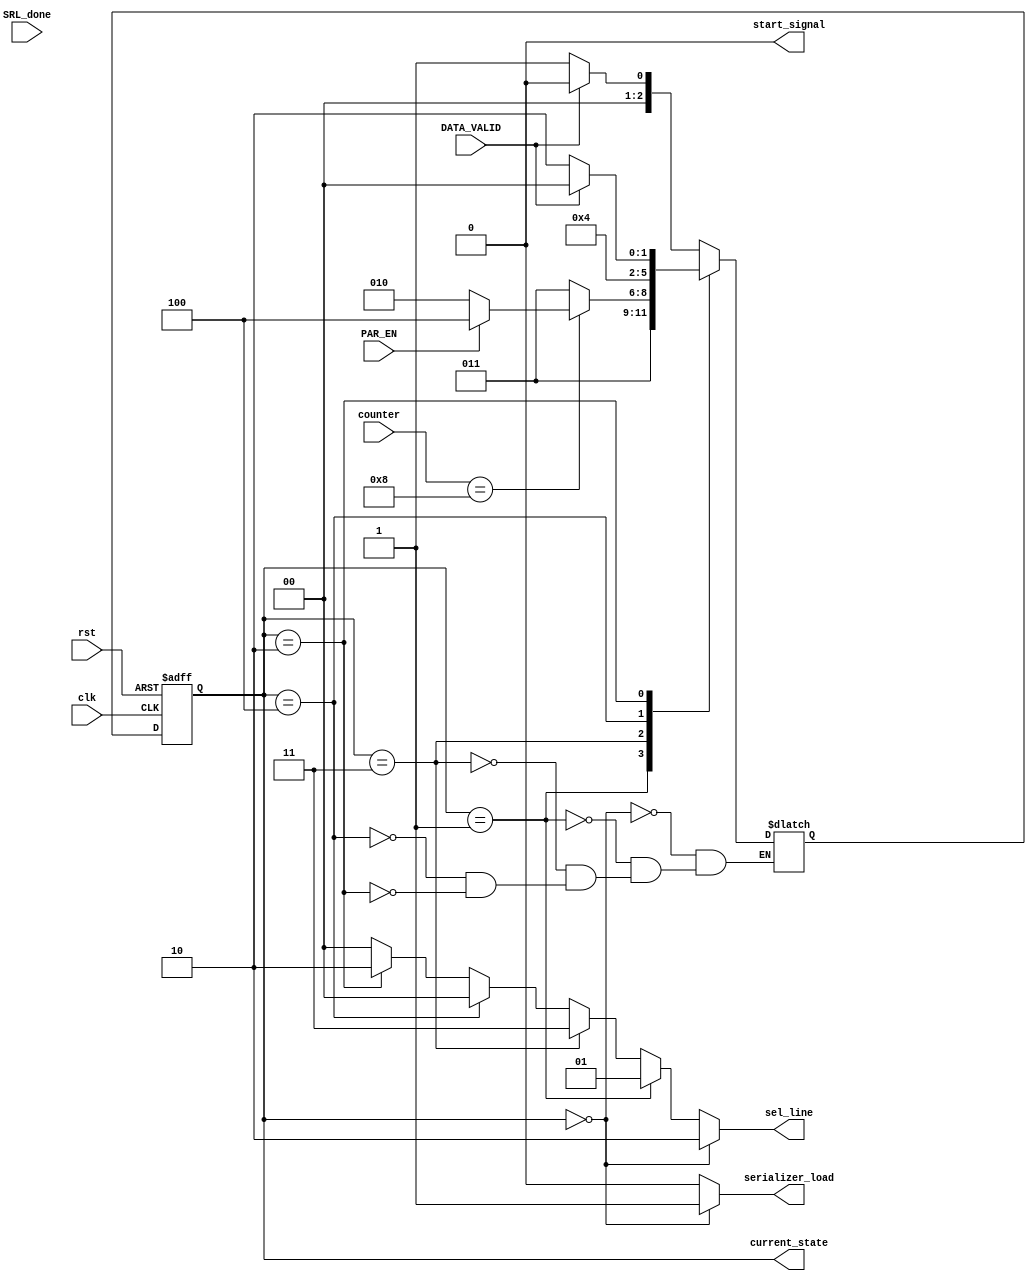

module uart_tx_FSM #(
    parameter 
    WIDTH=8,
    STOP=1,
    START =0,

    LIFT_SER_LOAD=0,
    SEL_START=1,
    SEL_STP=2,
    SEL_SRL=3,
    SEL_PAR=4
) (
   input DATA_VALID,
   input SRL_done,
   input PAR_EN,
   input [3:0] counter,
   
   input clk,
   input rst,

   output reg serializer_load,
   output reg [1:0] sel_line,
   output reg       start_signal,
   output reg [2:0] current_state
);



reg [2:0] next_state;


always @(posedge clk or negedge rst) 
begin
    if(!rst)
    begin
        current_state<=0;
    end

    else
    begin
        current_state<=next_state;
    end
end




always @(*) 
begin
    serializer_load=0;
    sel_line=0;
    start_signal=0;

    if(current_state == LIFT_SER_LOAD)
    begin
        serializer_load=1;
        sel_line=SEL_STP;
        start_signal=0;
    end

    else if(current_state == SEL_START)
    begin
        serializer_load=0;
        sel_line=SEL_START;
        start_signal=0;
    end

    else if(current_state == SEL_SRL)
    begin
        serializer_load=0;
        sel_line=SEL_SRL;
        start_signal=0;
    end

    else if(current_state == SEL_PAR)
    begin
        serializer_load=0;
        sel_line=SEL_PAR;
        start_signal=0;
    end

    else if(current_state == SEL_STP)
    begin
        serializer_load=0;
        sel_line=SEL_STP;
        start_signal=0;
    end
end





always @(*) 
begin
    case (current_state)
        LIFT_SER_LOAD:
        begin
            if(!DATA_VALID)
            next_state=SEL_START;
            else
            next_state=LIFT_SER_LOAD;
        end 

        SEL_START:
        begin
            next_state=SEL_SRL;
        end
        
        SEL_SRL:
        begin
            if(counter == WIDTH)
            begin
                if(!PAR_EN)
                next_state=SEL_STP;
                else
                next_state=SEL_PAR;
            end
            else
            next_state=SEL_SRL;
        end
        
        SEL_PAR:
        begin
            next_state=SEL_STP;
        end

        SEL_STP:
        begin
            if(DATA_VALID)
            next_state=LIFT_SER_LOAD;
            else
            next_state=SEL_STP;
        end
 
    endcase
end


endmodule